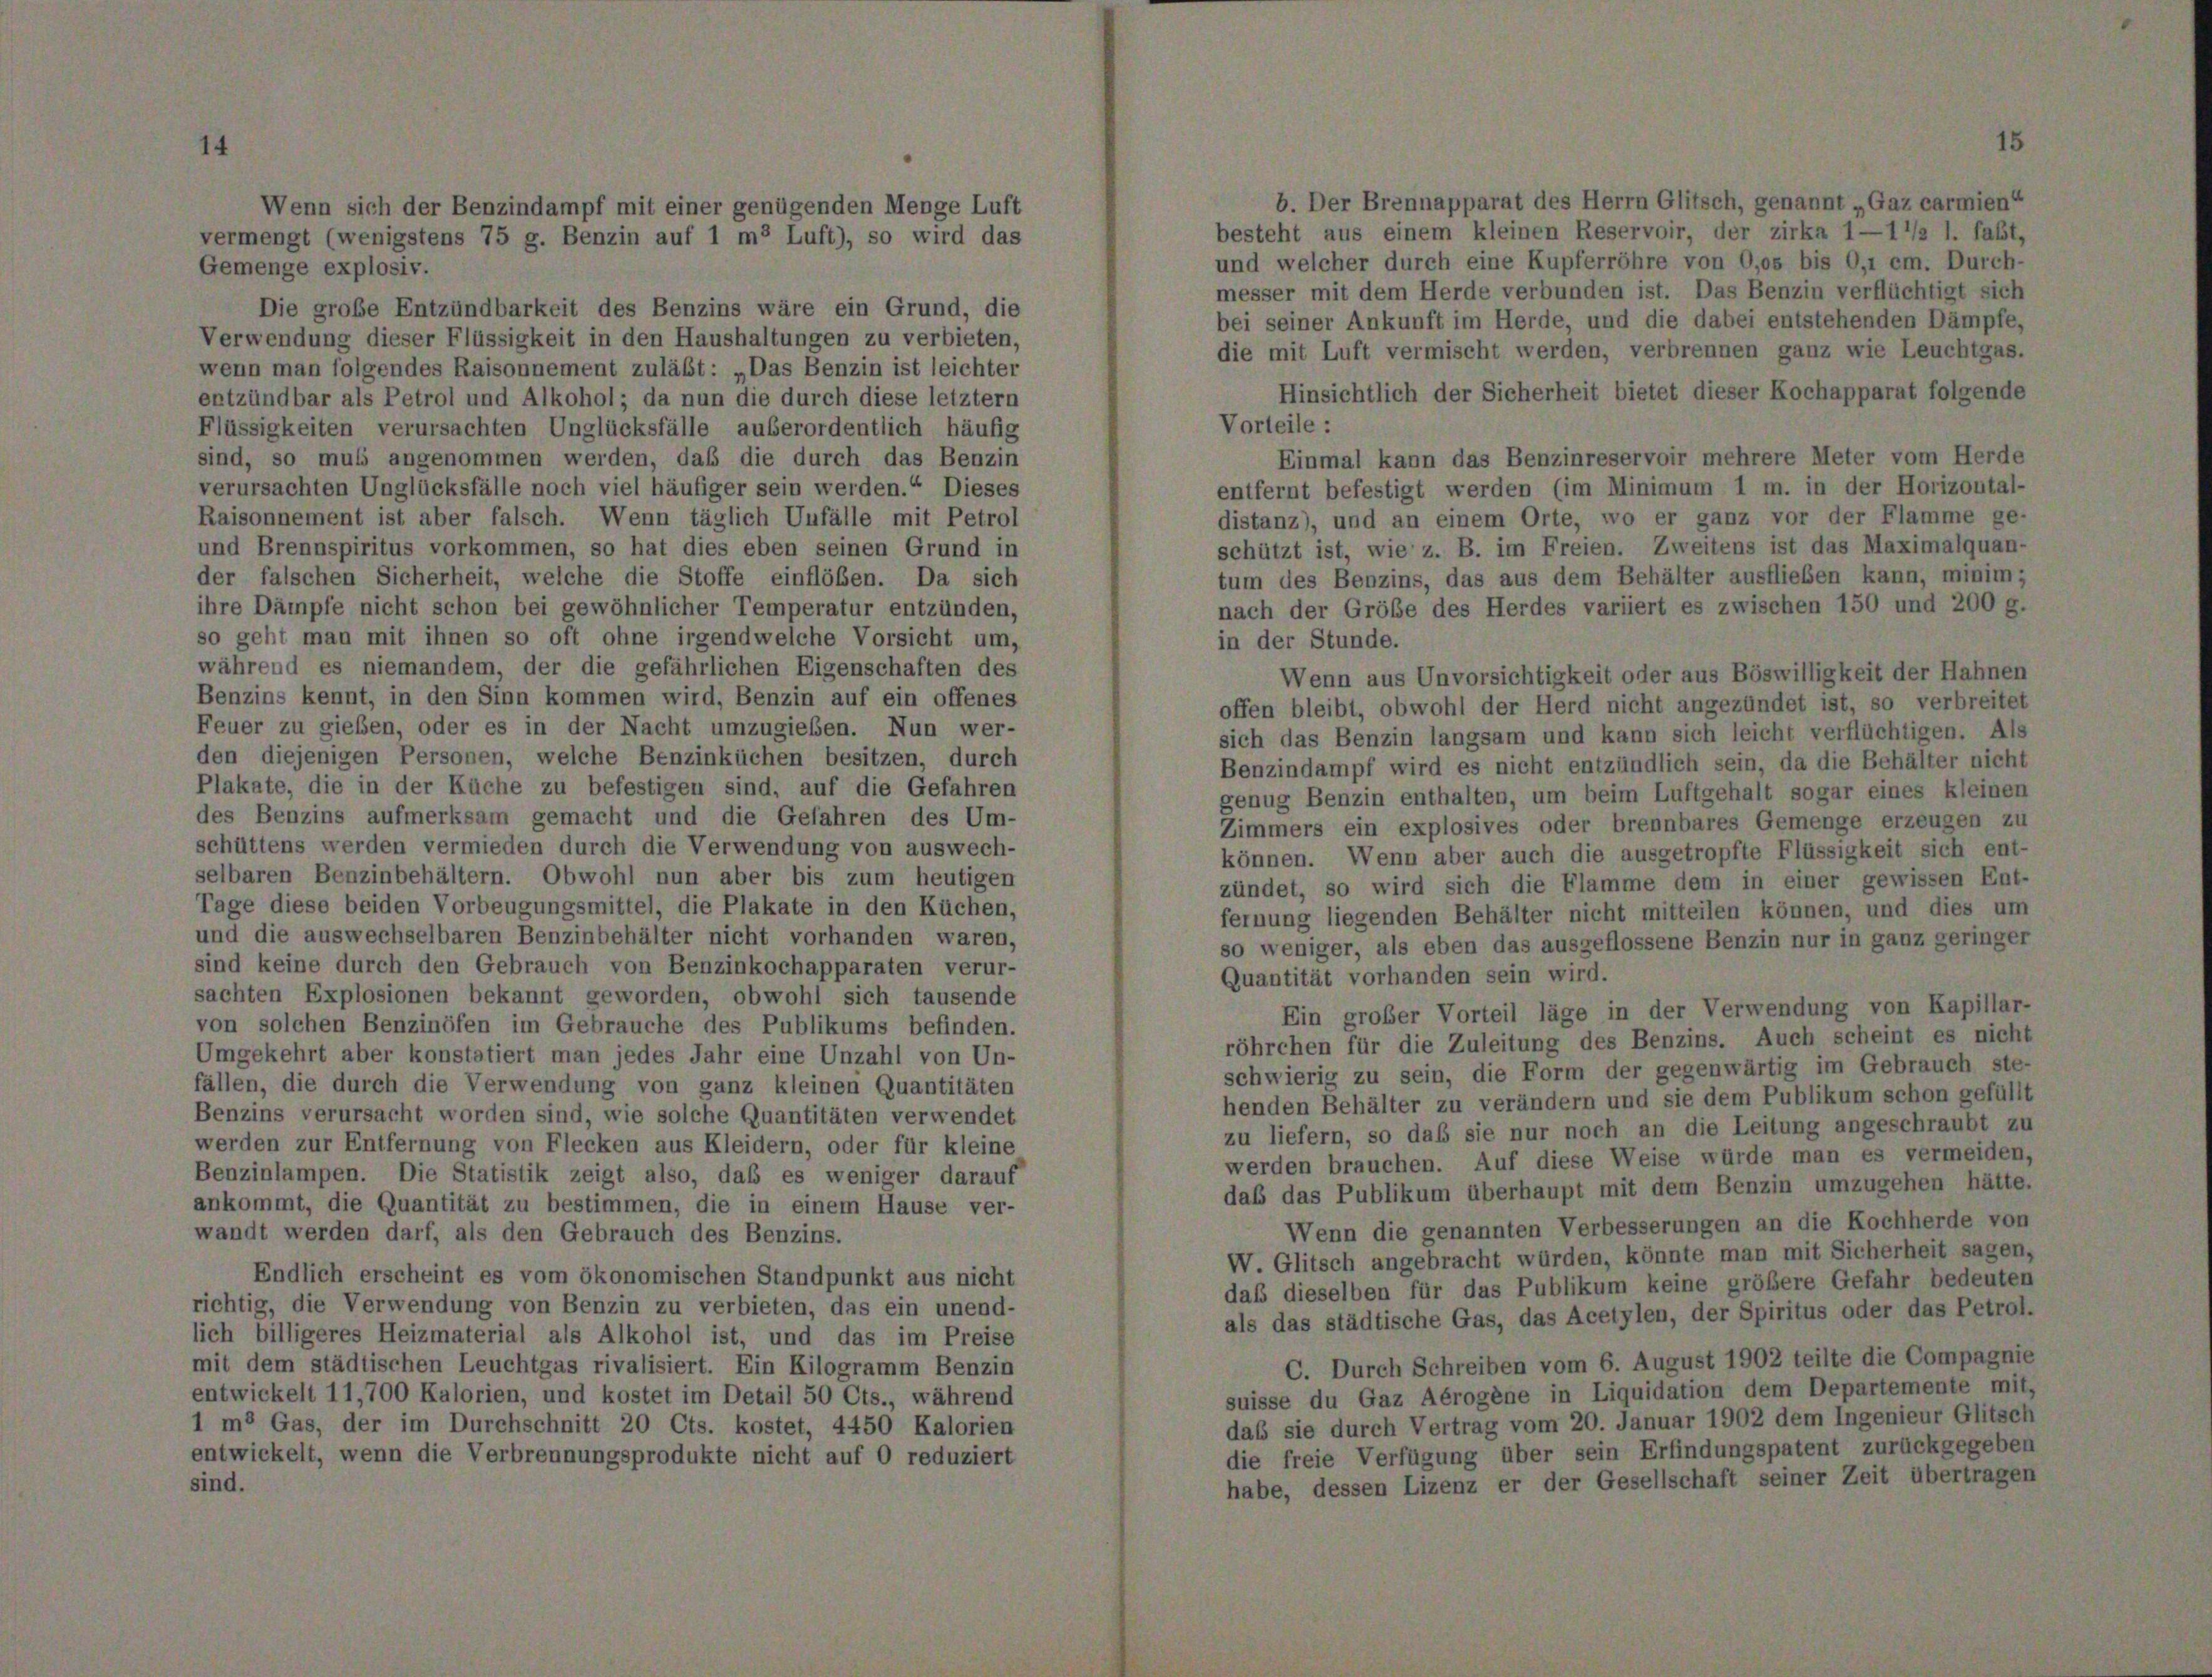
b. Der Brennapparat des Herrn Glitsch, genannt „Gaz carmien“
besteht aus einem kleinen Reservoir, der zirka 1—17/3 l. faßt,
und welcher durch eine Kupferröhre von 0,os bis O, em. Durch
Gemenge explosiv.
messer mit dem Herde verbunden ist. Das Benzin verflüchtigt sich
Die grobe Entzündbarkeit des Benzins wäre ein Grund, die
bei seiner Ankunft im Herde, und die dabei entstehenden Dämpfe,
Verwendung dieser Flüssigkeit in den Haushaltungen zu verbieten,
die mit Luft vermischt werden, verbrennen ganz wie Leuchtgas.
wenn man folgendes Raisonnement zuläbt: „Das Benzin ist leichter
Hinsichtlich der Sicherheit bietet dieser Kochapparat folgende
entzündbar als Petrol und Alkohol; da nun die durch diese letztem
Vorteile:
Flüssigkeiten verursachten Unglücksfälle außerordentlich häufig
sind, so muss angenommen werden, daß die durch das Benzin
Einmal kann das Benzinreservoir mehrere Meter vom Herde
entfernt befestigt werden (im Minimum 1 m. in der Horizontal-
verursachten Unglücksfälle noch viel häufiger sein werden.“ Dieses
distanz), und an einem Orte, wo er ganz vor der Flamme ge-
Raisonnement ist aber falsch. Wenn täglich Unfälle mit Petrol
schützt ist, wie z. B. im Freien. Zweitens ist das Maximalquan-
und Brennspiritus vorkommen, so hat dies eben seinen Grund in
der falschen Sicherheit, welche die Stoffe einflößen. Da sich
tum des Benzins, das aus dem Behälter ausflieben kann, minim;
nach der Größe des Herdes variiert es zwischen 150 und 200 g.
ihre Dämpfe nicht schon bei gewöhnlicher Temperatur entzünden,
so geht man mit ihnen so oft ohne irgendwelche Vorsicht um,
in der Stunde.
während es niemandem, der die gefährlichen Eigenschaften des
Wenn aus Unvorsichtigkeit oder aus Böswilligkeit der Hahnen
Benzins kennt, in den Sinn kommen wird, Benzin auf ein offenes
offen bleibt, obwohl der Herd nicht angezündet ist, so verbreitet
Feuer zu gieben, oder es in der Nacht umzugieben. Nun wer-
sich das Benzin langsam und kann sich leicht verflüchtigen. Als
den diejenigen Personen, welche Benzinküchen besitzen, durch
Benzindampf wird es nicht entzündlich sein, da die Behälter nicht
Plakate, die in der Küche zu befestigen sind, auf die Gefahren
genug Benzin enthalten, um beim Luftgehalt sogar eines kleinen
des Benzins aufmerksam gemacht und die Gefahren des Um-
Zimmers ein explosives oder brennbares Gemenge erzeugen zu
schüttens werden vermieden durch die Verwendung von auswech-
können. Wenn aber auch die ausgetropfte Flüssigkeit sich ent-
selbaren Benzinbehältern. Obwohl nun aber bis zum heutigen
zündet, so wird sich die Flamme dem in einer gewissen Ent-
Tage diese beiden Vorbeugungsmittel, die Plakate in den Küchen,
fernung liegenden Behälter nicht mitteilen können, und dies um
und die auswechselbaren Benzinbehälter nicht vorhanden waren,
so weniger, als eben das ausgeflossene Benzin nur in ganz geringer
sind keine durch den Gebrauch von Benzinkochapparaten verur-
Quantität vorhanden sein wird.
sachten Explosionen bekannt geworden, obwohl sich tausende
Ein großer Vorteil läge in der Verwendung von Kapillar-
von solchen Benzinöfen im Gebrauche des Publikums befinden.
röhrchen für die Zuleitung des Benzins. Auch scheint es nicht
Umgekehrt aber konstatiert man jedes Jahr eine Unzahl von Un-
schwierig zu sein, die Form der gegenwärtig im Gebrauch ste
fällen, die durch die Verwendung von ganz kleinen Quantitäten
henden Behälter zu verändern und sie dem Publikum schon gefüllt
Benzins verursacht worden sind, wie solche Quantitäten verwendet
zu liefern, so daß sie nur noch an die Leitung angeschraubt zu
werden zur Entfernung von Flecken aus Kleidern, oder für kleine
werden brauchen. Auf diese Weise würde man es vermeiden
Benzinlampen. Die Statistik zeigt also, daß es weniger darauf
daß das Publikum überhaupt mit dem Benzin umzugehen hätte
ankommt, die Quantität zu bestimmen, die in einem Hause ver-
Wenn die genannten Verbesserungen an die Kochherde vor
wandt werden darf, als den Gebrauch des Benzins.
W. Glitsch angebracht würden, könnte man mit Sicherheit sagen,
Endlich erscheint es vom ökonomischen Standpunkt aus nicht
daß dieselben für das Publikum keine größere Gefahr bedeute,
richtig, die Verwendung von Benzin zu verbieten, das ein unend-
als das städtische Gas, das Acetylen, der Spiritus oder das Petrol
lich billigeres Heizmaterial als Alkohol ist, und das im Preise
C. Durch Schreiben vom 6. August 1902 teilte die Compagnis
mit dem städtischen Leuchtgas rivalisiert. Ein Kilogramm Benzin
suisse du Gaz Aérogène in Liquidation dem Departemente mit
entwickelt 11,700 Kalorien, und kostet im Detail 50 Cts., während
daß sie durch Vertrag vom 20. Januar 1902 dem Ingenieur Glitsch
1 mo Gas, der im Durchschnitt 20 Cts. kostet, 4450 Kalorien
die freie Verfügung über sein Erfindungspatent zurückgegeben
entwickelt, wenn die Verbrennungsprodukte nicht auf O reduziert
habe, dessen Lizenz er der Gesellschaft seiner Zeit übertragen
ind.

Wenn sich der Benzindampf mit einer genügenden Menge Luft
vermengt (wenigstens 75 g. Benzin auf 1 m Luft), so wird das